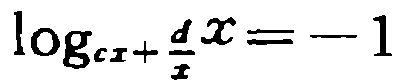
\(\log_{cx}+\frac{d}{x}x=-1\)